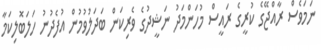
ނަމަވެސް ރާއްޖޭގެ ކުރީގެ ރައީސް މުހަންމަދު ނަޝީދުގެ ވެރިކަން ބަދަލުވުމުން އުފެދުނު ހަލަބޮލިކަމާ